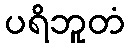
ပရိဘူတံ